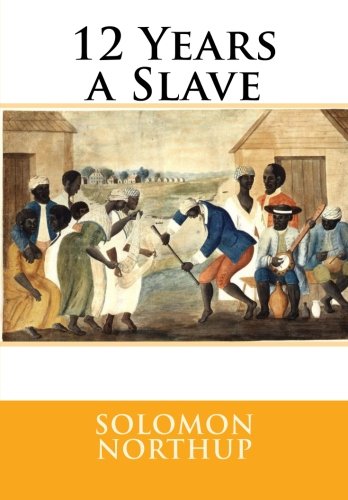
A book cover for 12 Years a Slave; Solomon Northup; History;